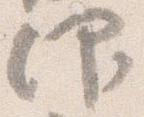
仰